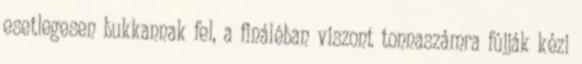
esetlegesen bukkannak fel, a fináléban viszont tonnaszámra fújják kézi